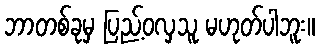
ဘာတစ်ခုမှ ပြည့်ဝလှသူ မဟုတ်ပါဘူး။